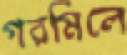
গরমিলে